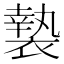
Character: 褺